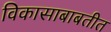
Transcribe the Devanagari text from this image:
विकासाबाबतीत